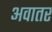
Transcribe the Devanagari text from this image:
अवातर